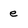
Character: e